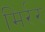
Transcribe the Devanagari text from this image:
मिर्रर